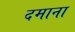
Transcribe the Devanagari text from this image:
दमाना